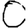
Digit: 0